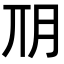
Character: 𣍣